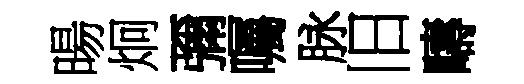
暘炯彌囑脉旧疇